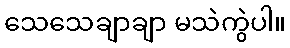
သေသေချာချာ မသဲကွဲပါ။